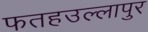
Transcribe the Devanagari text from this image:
फतहउल्लापुर